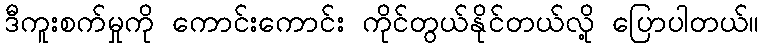
ဒီကူးစက်မှုကို ကောင်းကောင်း ကိုင်တွယ်နိုင်တယ်လို့ ပြောပါတယ်။